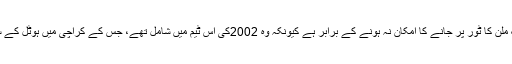
بیٹنگ کوچ کریگ میک ملن کا ٹور پر جانے کا امکان نہ ہونے کے برابر ہے کیونکہ وہ 2002کی اس ٹیم میں شامل تھے، جس کے کراچی میں ہوٹل کے سامنے بم بلاسٹ ہوا تھا۔